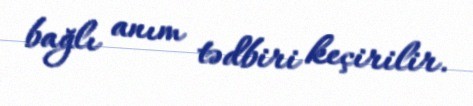
bağlı anım tədbiri keçirilir.